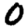
Digit: 0